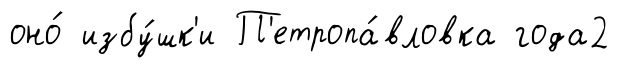
оно́ избу́шк'и П'етропа́вловка года2